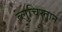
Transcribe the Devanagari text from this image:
ब्लुचिस्तान